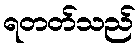
ရတတ်သည်